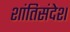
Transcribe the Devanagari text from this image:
शांतिसंदेश